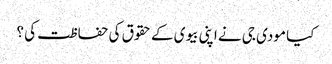
کیا مودی جی نے اپنی بیوی کے حقوق کی حفاظت کی ؟